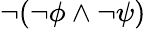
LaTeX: \lnot(\lnot\phi\land\lnot\psi)